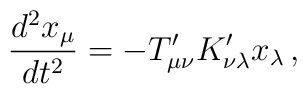
{d^2 x_\mu\over dt^2} = - T'_{\mu\nu} K'_{\nu\lambda} x_\lambda\,,